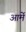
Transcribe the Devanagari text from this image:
आर्मे